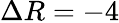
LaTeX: \Delta R=-4